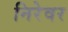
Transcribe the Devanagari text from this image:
निरेवर